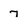
Character: 7